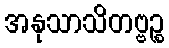
အနုသာသိတဗ္ဗဉ္စ